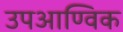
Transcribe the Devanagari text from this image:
उपआण्विक